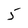
Character: 5